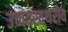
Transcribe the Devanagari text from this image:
उच्चवस्तथरीय